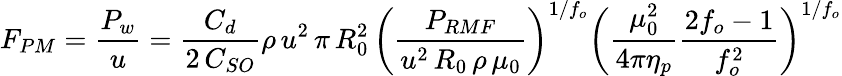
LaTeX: F_{PM}={\frac{P_{w}}{u}}={\frac{C_{d}}{2\, C_{SO}}}\rho\, u^{2}\, \pi\, R_{0}^{2}\, {\biggl(}{\frac{P_{RMF}}{u^{2}\, R_{0}\, \rho\, \mu_{0}}}{\biggr)}^{1/f_{o}}{\biggl(}{\frac{\mu_{0}^{2}}{4\pi\eta_{p}}}{\frac{2f_{o}-1}{f_{o}^{2}}}{\biggr)}^{1/f_{o}}